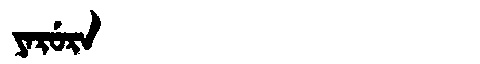
Manchu: ᠶᠠᡵᡠᡵᠠ
Romanization: YARURA